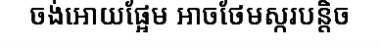
ចង់អោយផ្អែម អាចថែមស្ករបន្តិច